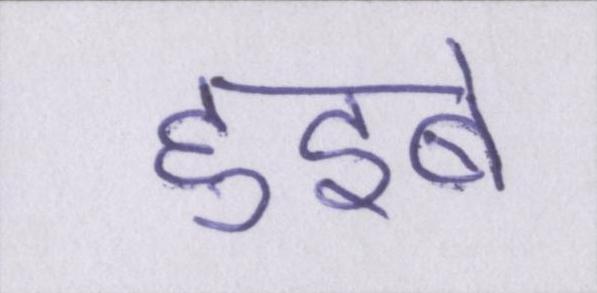
हुइबे